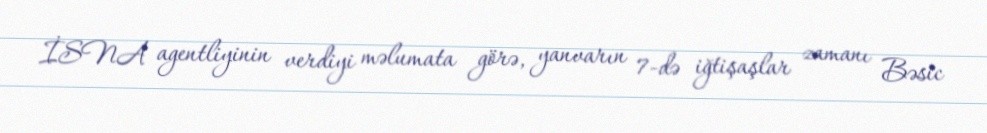
İSNA agentliyinin verdiyi məlumata görə, yanvarın 7-də iğtişaşlar zamanı Bəsic